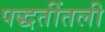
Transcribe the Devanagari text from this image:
पद्धतींतली